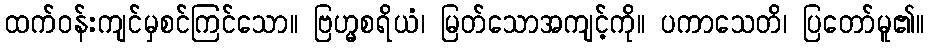
ထက်ဝန်းကျင်မှစင်ကြင်သော။ ဗြဟ္မစရိယံ၊ မြတ်သောအကျင့်ကို။ ပကာသေတိ၊ ပြတော်မူ၏။